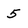
Character: 5